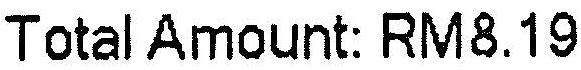
TOTAL AMOUNT: RM8.19